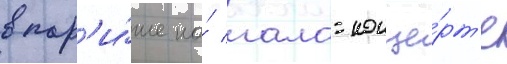
в пар'и́же на́ гала-конце́рт'е